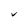
Character: V